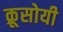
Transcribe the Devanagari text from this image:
क्रूसोयी